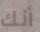
أنك